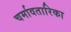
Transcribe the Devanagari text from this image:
चर्मावतारिका